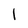
Character: l